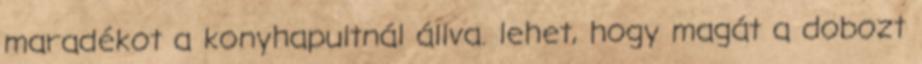
maradékot a konyhapultnál állva. lehet, hogy magát a dobozt